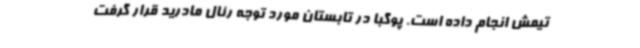
تیمش انجام داده است. پوگبا در تابستان مورد توجه رئال مادرید قرار گرفت